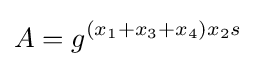
A=g^{(x_{1}+x_{3}+x_{4})x_{2}s}